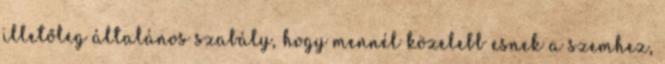
illetőleg általános szabály, hogy mennél közelebb esnek a szemhez,